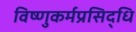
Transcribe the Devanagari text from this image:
विष्णुकर्मप्रसिद्धि